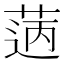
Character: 𦳭